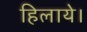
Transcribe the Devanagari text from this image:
हिलाये।